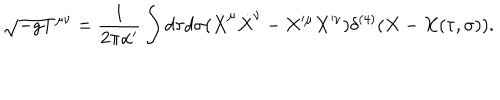
\sqrt { - g } T ^ { \mu \nu } = \frac { 1 } { 2 \pi \alpha ^ { \prime } } \int d \tau d \sigma ( \dot { X } ^ { \mu } \dot { X } ^ { \nu } - X ^ { \mu } X ^ { \nu } ) \delta ^ { ( 4 ) } ( X - X ( \tau , \sigma ) ) .